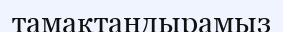
тамақтандырамыз